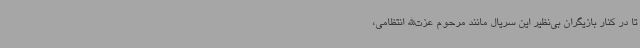
تا در کنار بازیگران بی‌نظیر این سریال مانند مرحوم عزت‌الله انتظامی،